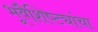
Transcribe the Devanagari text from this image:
भूवैशिष्ट्यांचा